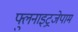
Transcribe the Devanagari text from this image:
फ्लुनाइट्रजेपाम